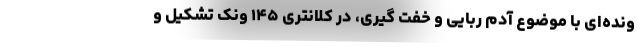
ونده‌ای با موضوع آدم ربایی و خفت گیری، در کلانتری ۱۴۵ ونک تشکیل و